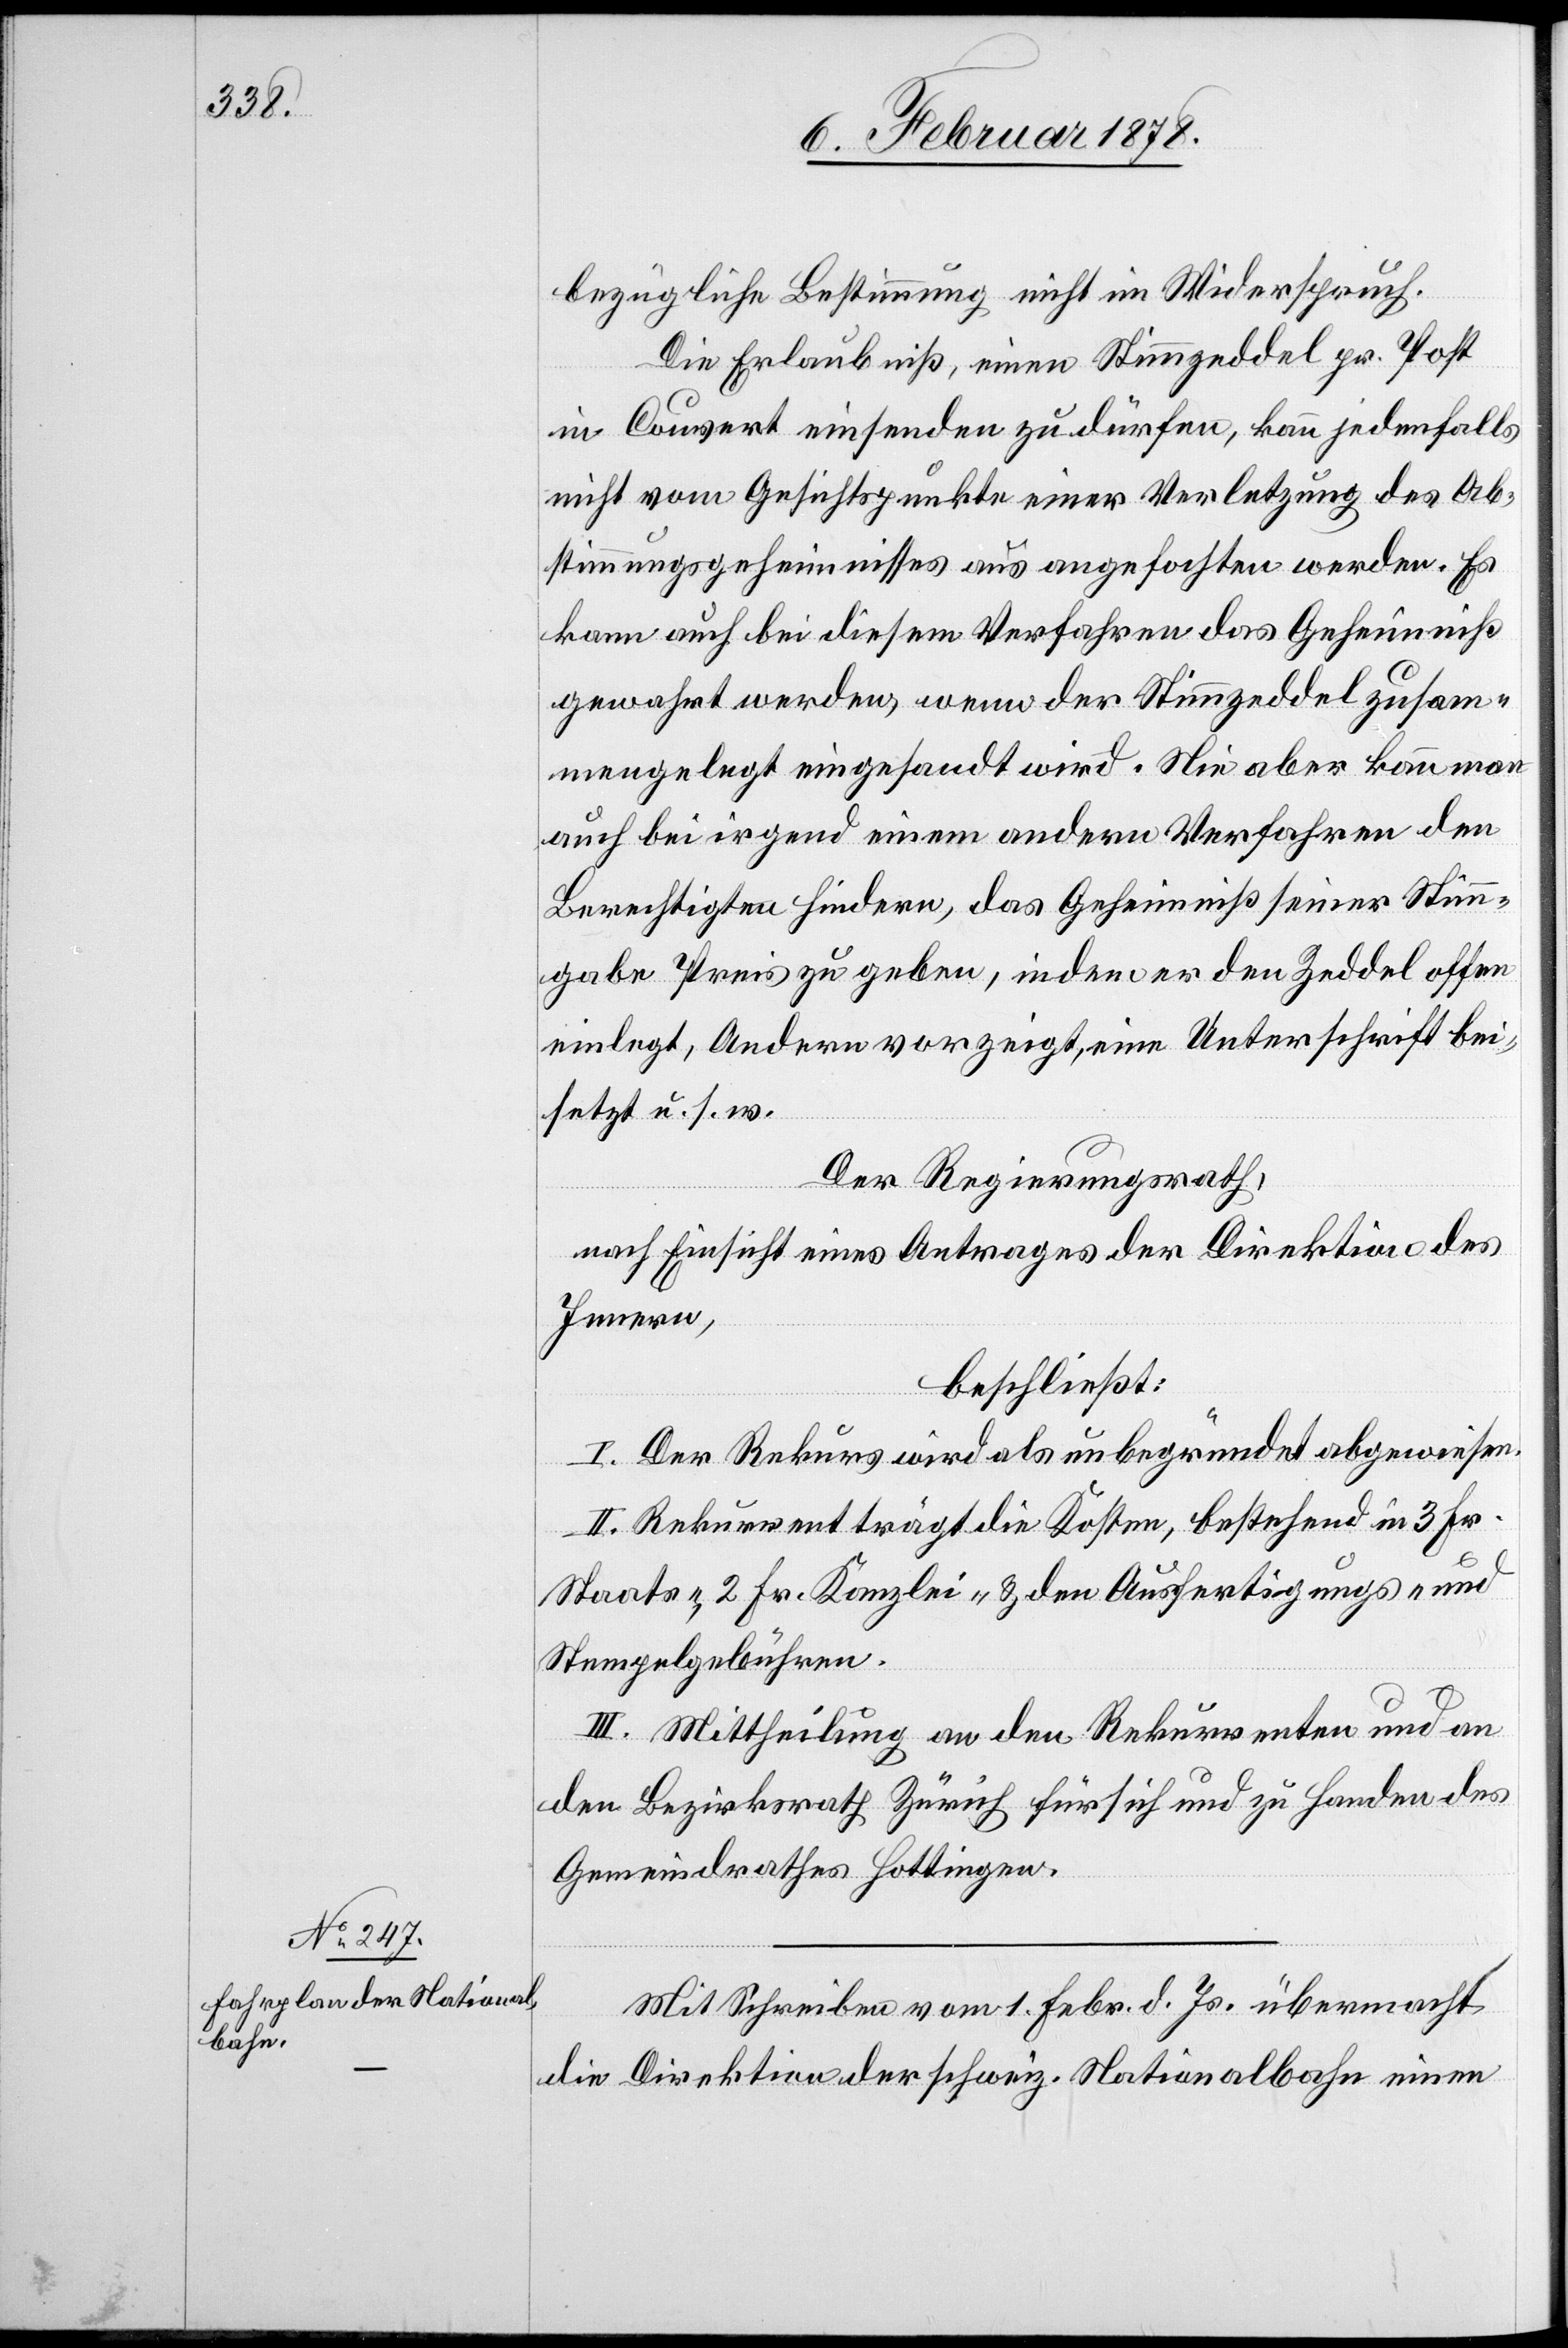
bezügliche Bestimmung nicht im Widerspruch.
Die Erlaubniß, einen Stimmzeddel pr. Post
im Couvert einsenden zu dürfen, kann jedenfalls
nicht vom Gesichtspunkte einer Verletzung des Ab¬
stimmungsgeheimnisses aus angefochten werden. Es
kann auch bei diesem Verfahren das Geheimniß
gewahrt werden, wenn der Stimmzeddel zusam¬
mengelegt eingesandt wird. Nie aber kann man
auch bei irgend einem andern Verfahren den
Berechtigten hindern, das Geheimniß seiner Stimm¬
gabe Preis zu geben, indem er den Zeddel offen
einlegt, Andern vorzeigt, eine Unterschrift bei¬
setzt u. s. w.
Der Regierungsrath,
nach Einsicht eines Antrages der Direktion des
Innern,
beschließt:
I. Der Rekurs wird als unbegründet abgewiesen.
II. Rekurrent trägt die Kosten, bestehend in 3 Fr.
Staats-, 2 Fr. Kanzlei- & den Ausfertigungs- und
Stempelgebühren.
III. Mittheilung an den Rekurrenten und an
den Bezirksrath Zürich für sich und zu Handen des
Gemeindrathes Hottingen.
Mit Schreiben vom 1. Febr. d. Js. übermacht
die Direktion der schweiz. Nationalbahn einen